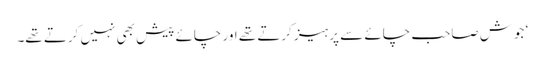
‘ جوش صاحب چائے سے پرہیز کرتے تھے اور چائے پیش بھی نہیں کرتے تھے۔